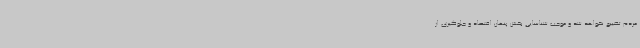
مردم تضییع نخواهد شد و موجب شناسایی بخش پنهان اقتصاد و جلوگیری از